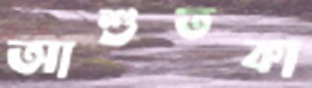
আশুতকা